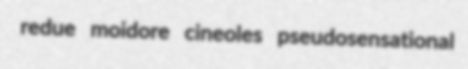
redue moidore cineoles pseudosensational